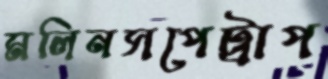
মলিনসপেট্রাপ